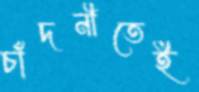
চাঁদনীতেই